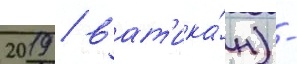
2019 / ват'ика́н) -